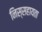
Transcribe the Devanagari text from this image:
निस्सहायता